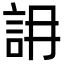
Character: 䛁